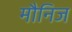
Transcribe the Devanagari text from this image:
मौनिज